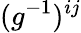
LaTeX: (g^{-1})^{ij}